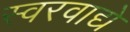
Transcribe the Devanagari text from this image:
स्वरवाद्ये